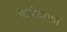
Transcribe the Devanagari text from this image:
प्रायोजको